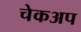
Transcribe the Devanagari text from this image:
चेकअप